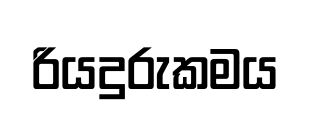
රියදුරුකමය